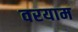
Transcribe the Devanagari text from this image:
वरयाम